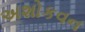
અશોકવન